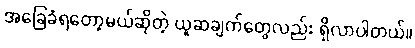
အခြေခံရတော့မယ်ဆိုတဲ့ ယူဆချက်တွေလည်း ရှိလာပါတယ်။